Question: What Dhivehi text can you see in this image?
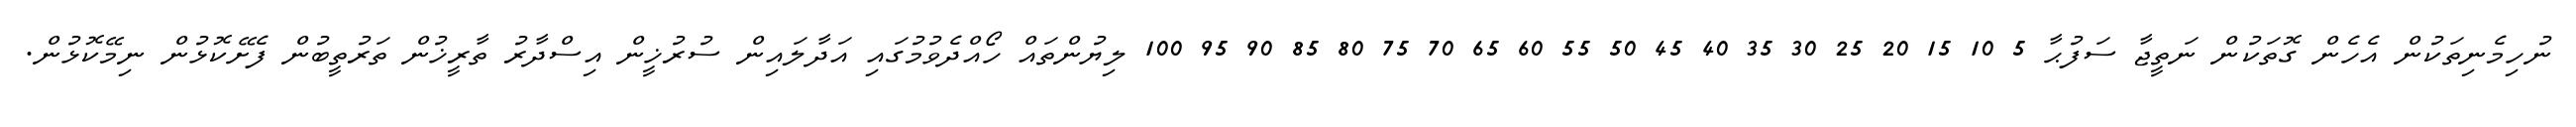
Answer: ނުހިމެނިތަކުން އެހެން ގޮތަކުން ނަތީޖާ ސަފުޙާ 5 10 15 20 25 30 35 40 45 50 55 60 65 70 75 80 85 90 95 100 ލިޔުންތައް ހޯއްދެވުމުގައި އަދާލައިން ސުރުޚީން އިސްދާރު ތާރީޚުން ތަރުތީބުން ފެށޭކޮޅުން ނިމޭކޮޅުން.